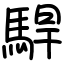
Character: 駻